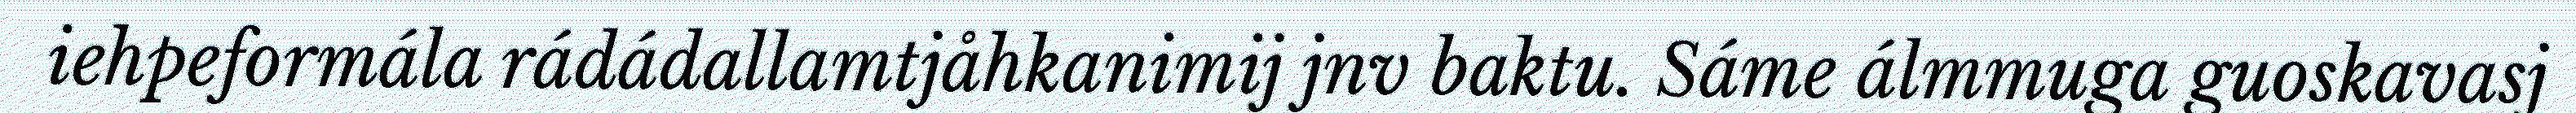
iehpeformála rádádallamtjåhkanimij jnv baktu. Sáme álmmuga guoskavasj